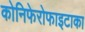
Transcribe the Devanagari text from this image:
कोनिफेरोफाइटाका